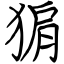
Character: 猏